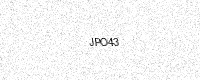
Text: JPO43